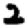
Digit: 2